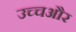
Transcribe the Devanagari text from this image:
उच्चऔर